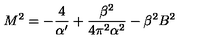
M ^ { 2 } = - \frac { 4 } { \alpha ^ { \prime } } + \frac { \beta ^ { 2 } } { 4 \pi ^ { 2 } \alpha ^ { 2 } } - \beta ^ { 2 } B ^ { 2 }